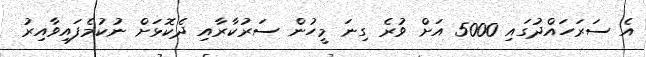
އެ ސަރަހައްދުގައި 5000 އަށް ވުރެ ގިނަ މީހުން ސަރުކާރާއި ދެކޮޅަށް ނުކުމެފައިވާއިރު